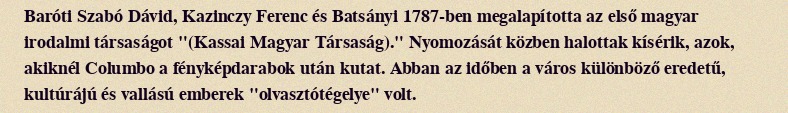
Baróti Szabó Dávid, Kazinczy Ferenc és Batsányi 1787-ben megalapította az első magyar irodalmi társaságot "(Kassai Magyar Társaság)." Nyomozását közben halottak kísérik, azok, akiknél Columbo a fényképdarabok után kutat. Abban az időben a város különböző eredetű, kultúrájú és vallású emberek "olvasztótégelye" volt.